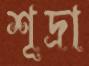
শূদ্রা